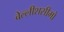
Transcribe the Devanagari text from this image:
बेल्लीशसीमो